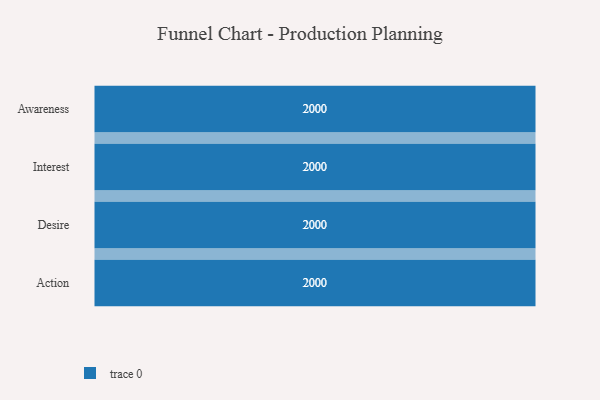
{"axis": {"x": "Stage", "y": "Value"}, "legend": [""], "data": [{"x": "Awareness", "y": 2000, "type": ""}, {"x": "Interest", "y": 2000, "type": ""}, {"x": "Desire", "y": 2000, "type": ""}, {"x": "Action", "y": 2000, "type": ""}]}